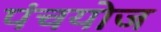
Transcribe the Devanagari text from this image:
पंचयोज